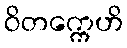
ဝိတက္ကေဟိ